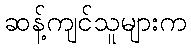
ဆန့်ကျင်သူများက